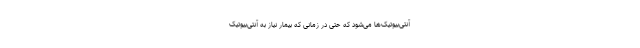
آنتی‌بیوتیک‌ها می‌شود که حتی در زمانی که بیمار نیاز به آنتی‌بیوتیک